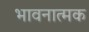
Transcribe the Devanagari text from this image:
भावनात्मक